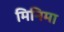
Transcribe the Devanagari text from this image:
मिनिमा